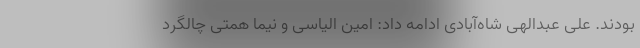
بودند. علی عبدالهی شاه‌آبادی ادامه داد: امین الیاسی و نیما همتی چالگرد